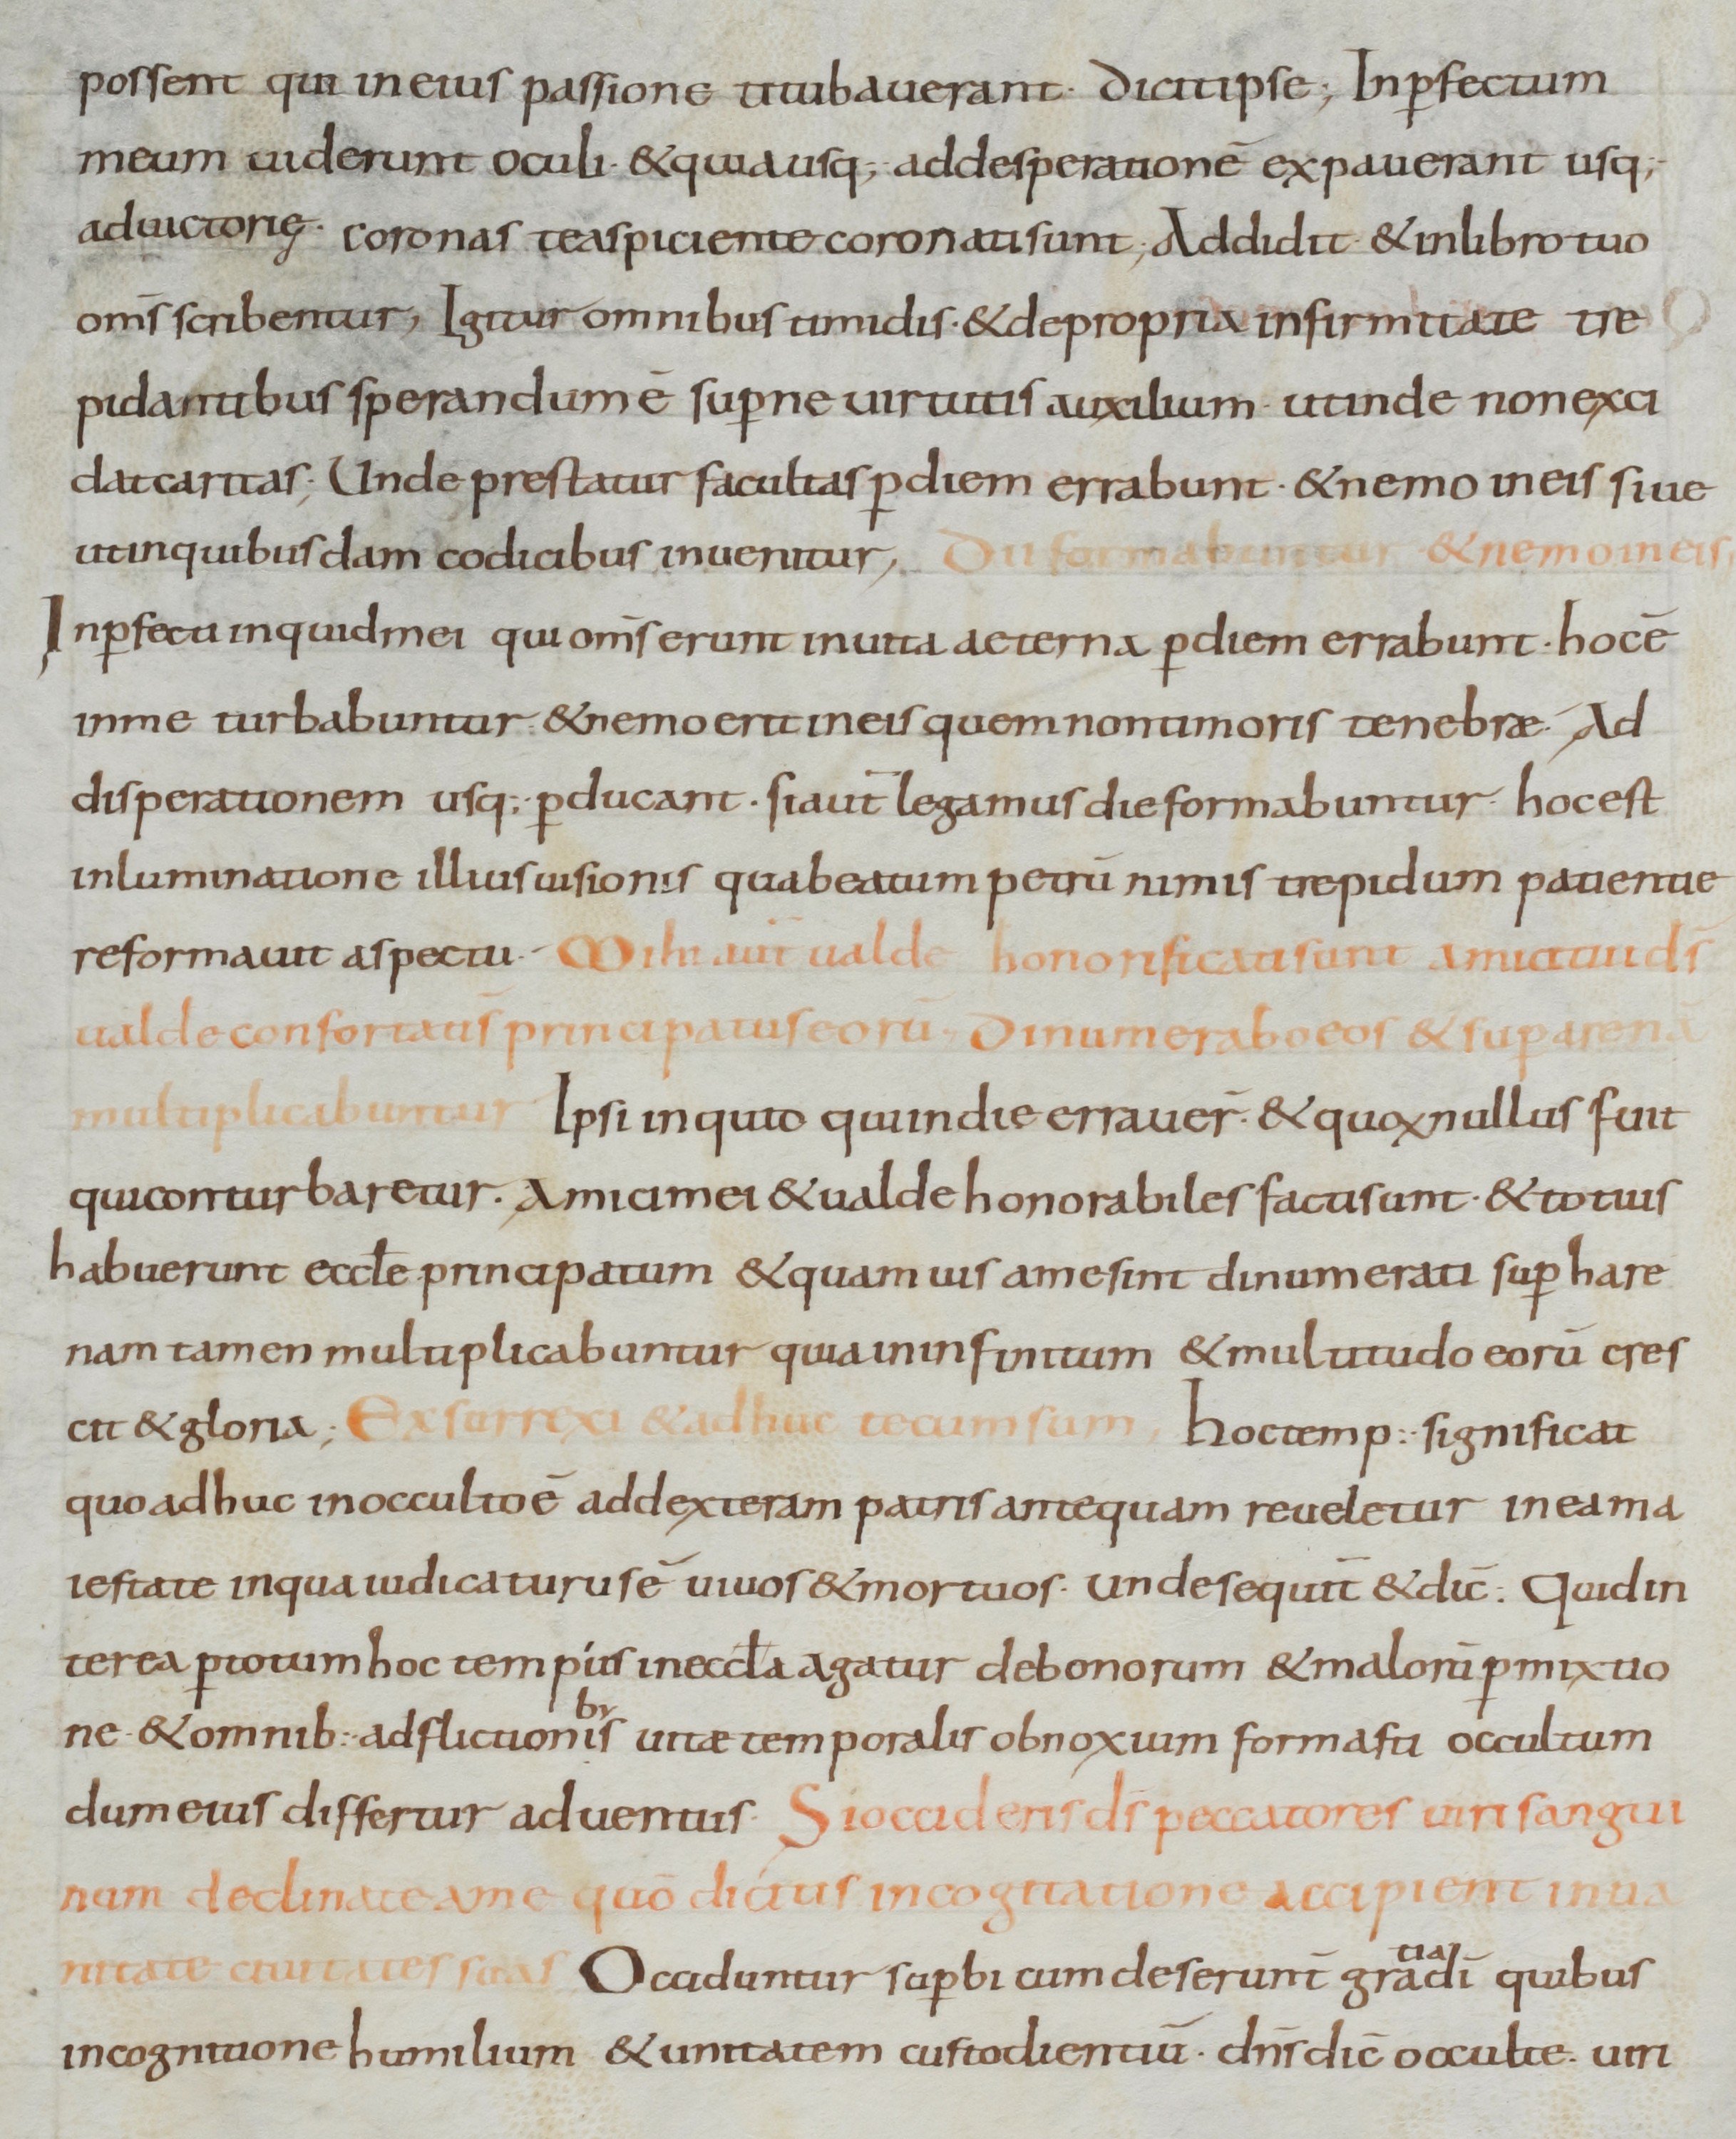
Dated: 900–1099